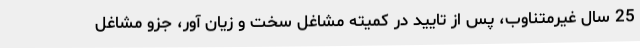
25 سال غیرمتناوب، پس از تایید در کمیته مشاغل سخت و زیان آور، جزو مشاغل